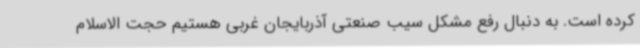
کرده است. به دنبال رفع مشکل سیب صنعتی آذربایجان غربی هستیم حجت الاسلام